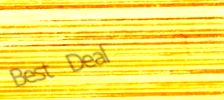
Best Deal